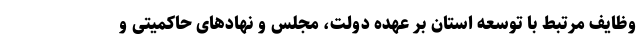
وظایف مرتبط با توسعه استان بر عهده دولت، مجلس و نهادهای حاکمیتی و